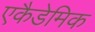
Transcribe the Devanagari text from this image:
एकैडेमिक